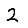
Digit: 2